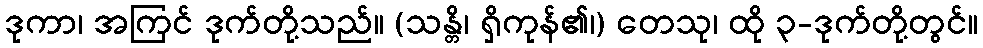
ဒုကာ၊ အကြင် ဒုက်တို့သည်။ (သန္တိ၊ ရှိကုန်၏၊) တေသု၊ ထို ၃-ဒုက်တို့တွင်။